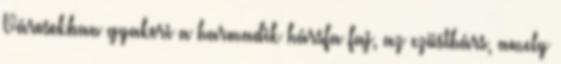
Városokban gyakori a harmadik hársfa faj, az ezüsthárs, amely